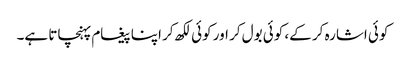
کوئی اشارہ کر کے، کوئی بول کر اور کوئی لکھ کر اپنا پیغام پہنچاتا ہے۔